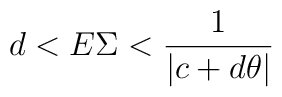
d < E \Sigma < \frac{1}{|c+d\theta|}